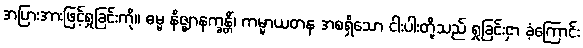
အပြားအားဖြင့်ရှုခြင်းကို။ ဓမ္မ နိဇ္ဈာနက္ခန္တိံ၊ ကမ္မာယတန အစရှိသော ငါးပါးတို့သည် ရှုခြင်းငှာ ခံ့ကြောင်း